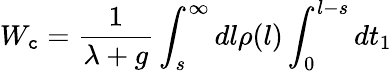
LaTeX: W_{\mathtt{c}}=\frac{{1}}{{\lambda+g}}\int_{s}^{\infty}dl\rho(l)\int_{0}^{l-s}dt_{1}